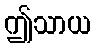
ဤသာယ